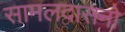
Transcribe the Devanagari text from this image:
सामलदासनो